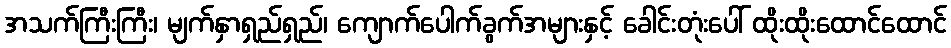
အသက်ကြီးကြီး၊ မျက်နှာရှည်ရှည်၊ ကျောက်ပေါက်ခွက်အများနှင့် ခေါင်းတုံးပေါ် ထိုးထိုးထောင်ထောင်